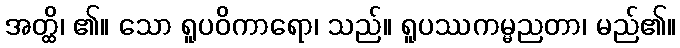
အတ္ထိ၊ ၏။ သော ရူပဝိကာရော၊ သည်။ ရူပဿကမ္မညတာ၊ မည်၏။